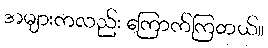
အများကလည်း ကြောက်ကြတယ်။